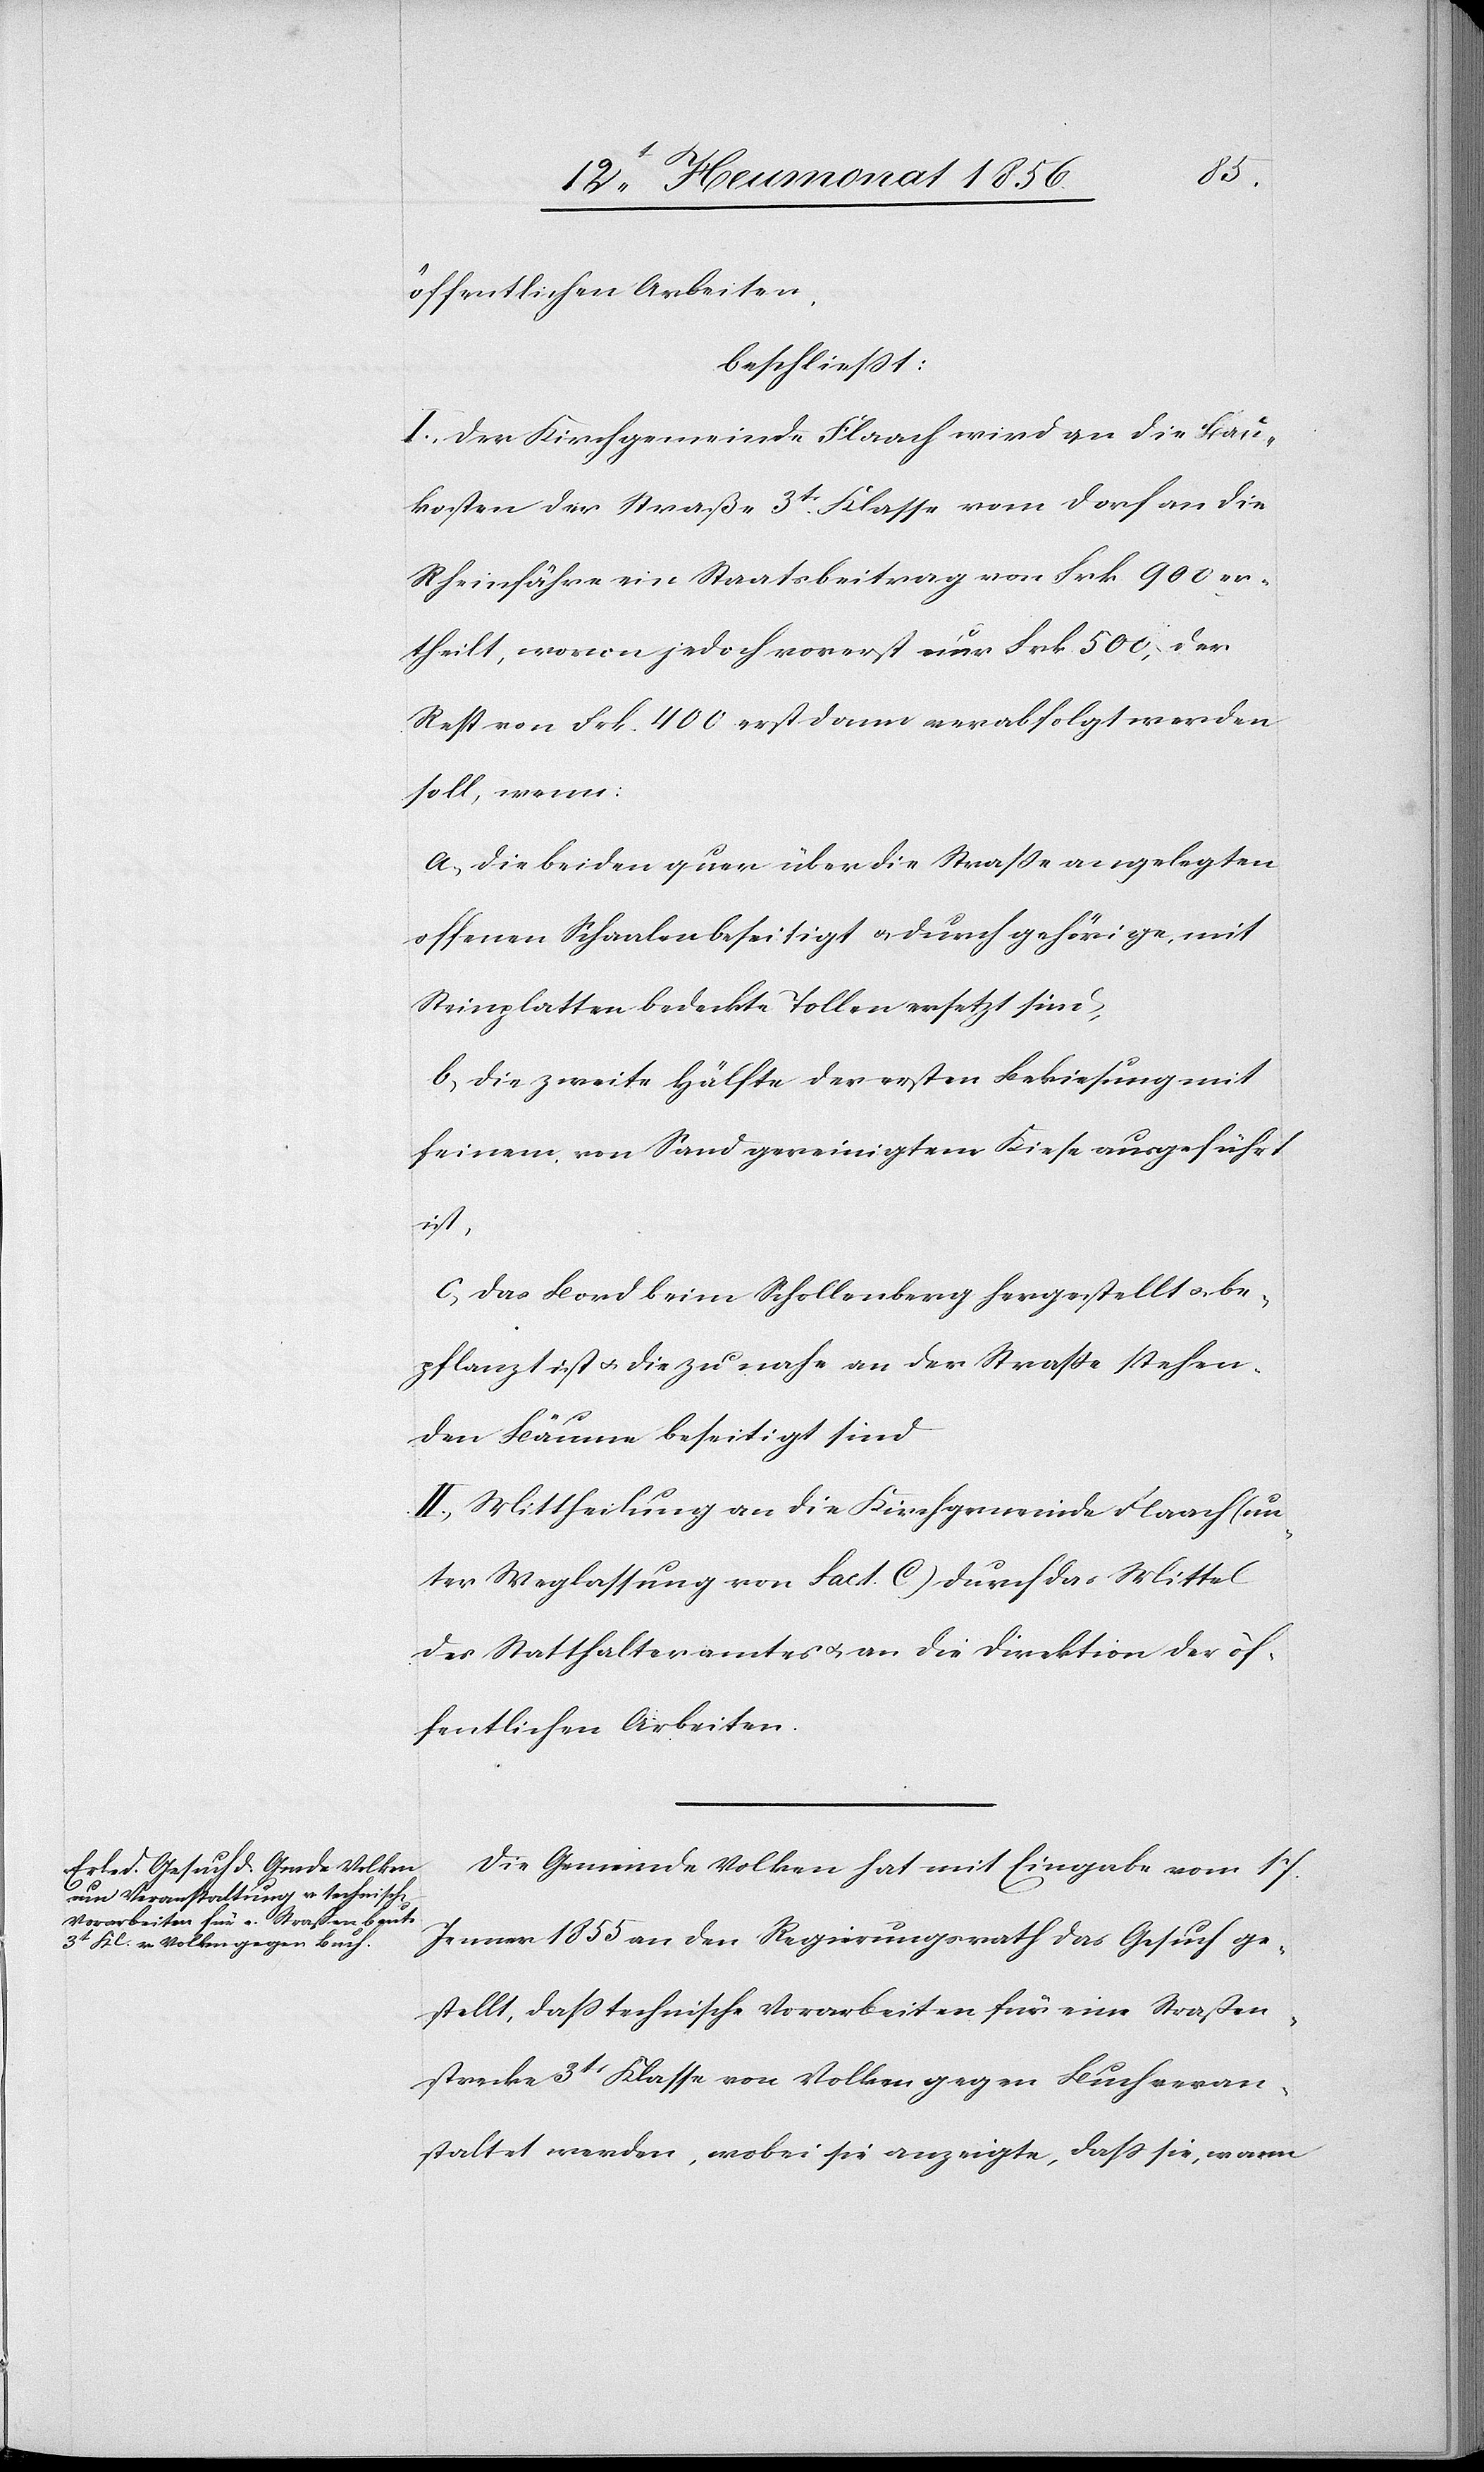
öffentlichen Arbeiten,
beschliesst:
I.) Der Kirchgemeinde Flaach wird an die Bau¬
kosten der Straße 3tr Klasse vom Dorf an die
Rheinfähre ein Staatsbeitrag von Frk. 900 er¬
theilt, wovon jedoch vorerst nur Frk. 500, der
Rest von Frk. 400 erst dann verabfolgt werden
soll, wenn:
a) die beiden quer über die Strasse angelegten
offenen Schaalen beseitigt u. durch gehörige, mit
Steinplatten bedeckte Tollen ersetzt sind,
b) die zweite Hälfte der ersten Bekiesung mit
feinem, von Sand gereinigtem Kiese ausgeführt
ist,
c) das Bord beim Schollenberg hergestellt u. be¬
pflanzt ist u. die zu nahe an der Strasse stehen¬
den Bäume beseitigt sind.
II.) Mittheilung an die Kirchgemeinde Flaach (un¬
ter Weglassung von fact. C) durch das Mittel
des Statthalteramtes u. an die Direktion der öf¬
fentlichen Arbeiten.
Die Gemeinde Volken hat mit Eingabe vom 17.
Jenner 1855 an den Regierungsrath das Gesuch ge¬
stellt, dass technische Vorarbeiten für eine Straßen¬
strecke 3tr Klasse von Volken gegen Buch veran¬
staltet werden, wobei sie anzeigte, dass sie, wann